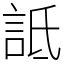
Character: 詆